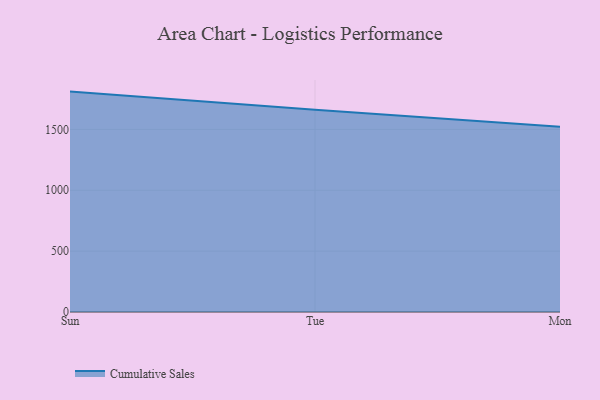
{"axis": {"x": "Day", "y": "Temperature (°C)"}, "legend": ["Cumulative Sales"], "data": [{"x": "Sun", "y": 1810.3, "type": "Cumulative Sales"}, {"x": "Tue", "y": 1660.4, "type": "Cumulative Sales"}, {"x": "Mon", "y": 1521.6, "type": "Cumulative Sales"}]}